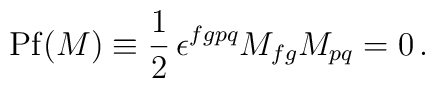
{\rm Pf} (M) \equiv \frac 1 2 \,\epsilon^{fgpq}M_{fg}M_{pq} = 0\, .